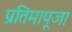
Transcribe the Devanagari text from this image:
प्रतिमापूजा